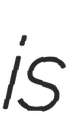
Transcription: is